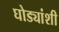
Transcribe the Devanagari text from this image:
घोड्यांशी